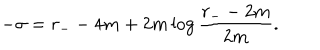
- \sigma = r _ { - } - 4 m + 2 m \log \frac { r _ { - } - 2 m } { 2 m } .